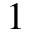
1